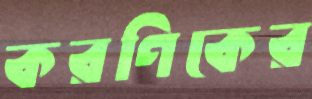
করণিকের